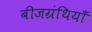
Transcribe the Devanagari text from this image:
बीजग्रंथियाँ